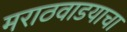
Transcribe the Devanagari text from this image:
मराठवाडयाचा